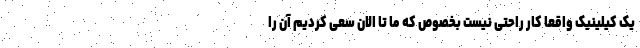
یک کیلینیک واقعا کار راحتی نیست بخصوص که ما تا الان سعی کردیم آن را